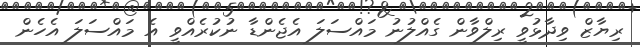
ރިޔާޒް ވިދާޅުވީ ރިލްވާން ގެއްލުނު މައްސަލަ އެޖެންޑާ ނުކުރެއްވީ އެ މައްސަލަ އެހެން